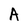
Character: A